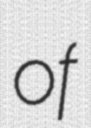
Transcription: of